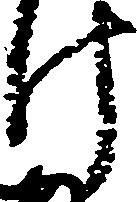
け